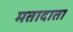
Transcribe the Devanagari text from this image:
मतादाता